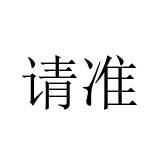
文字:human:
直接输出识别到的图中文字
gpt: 请准